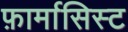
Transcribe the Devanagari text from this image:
फ़ार्मासिस्ट